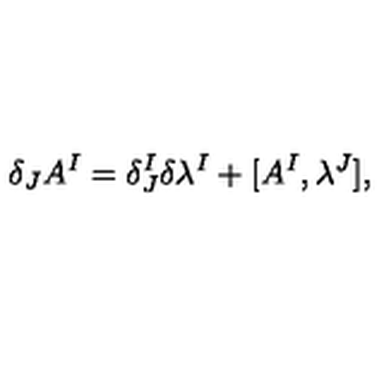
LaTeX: \delta _ { J } A ^ { I } = \delta _ { J } ^ { I } \delta \lambda ^ { I } + [ A ^ { I } , \lambda ^ { J } ] ,